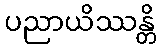
ပညာယိဿန္တိ